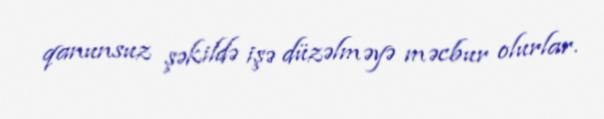
qanunsuz şəkildə işə düzəlməyə məcbur olurlar.